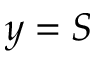
y = S